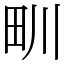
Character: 甽